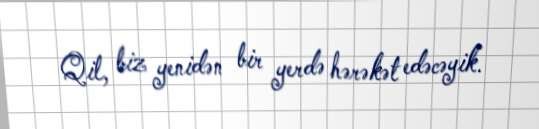
Qil, biz yenidən bir yerdə hərəkət edəcəyik.